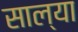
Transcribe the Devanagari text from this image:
साल्या